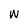
Character: w